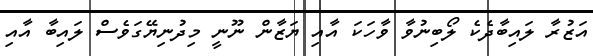
އަޒުރާ ލައިބާދެކެ ލޯބިނުވާ ވާހަކަ އާއި ޔަޒާން ނޫނީ މިދުނިޔޭގަވެސް ލައިބާ އާއި